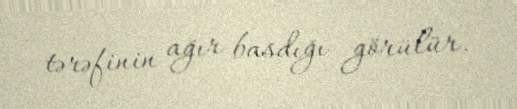
tərəfinin ağır basdığı görülür.